Indian journal of veterinary science and animal husbandry - Volume 6,
Year: 1936
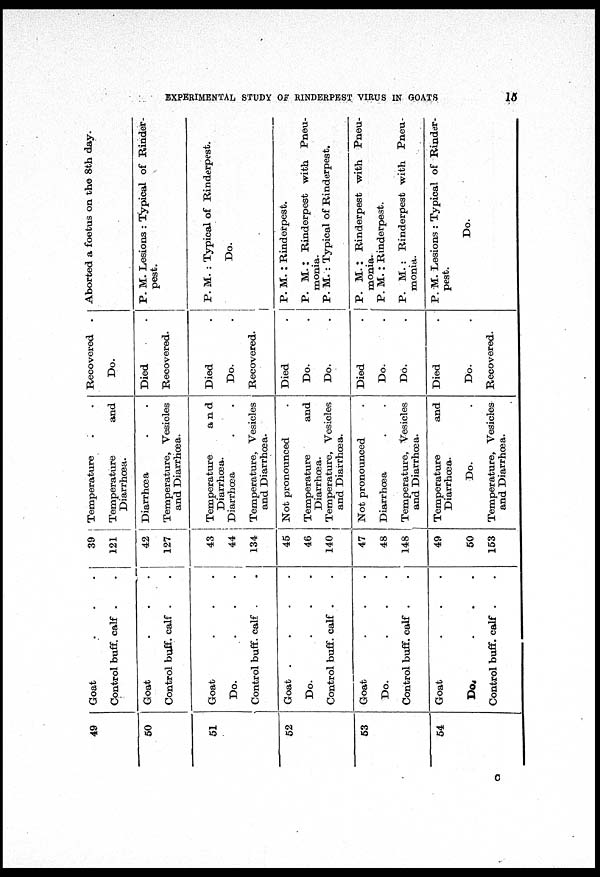
EXPERIMENTAL STUDY OF RINDERPEST VIRUS IN GOATS
15
49
50
51
52
53
54
Goat . . .
Control buff. calf . .
Goat . . .
Control buff. calf . .
Goat . . .
Do.
.
.
.
Control buff. calf . .
Goat
.
.
.
.
Do.
.
.
.
Control buff. calf . .
Goat . . .
Do.
.
.
.
Control buff. calf . .
Goat . . .
Do. . . .
Control buff. calf . .
39
121
42
127
43
44
134
45
46
140
47
48
148
49
50
153
Temperature . .
Temperature
and
Diarrhœa.
Diarrhœa . .
Temperature, Vesicles
and Diarrhœa.
Temperature
and
Diarrhœa.
Diarrhœa . .
Temperature, Vesicles
and Diarrhœa.
Not pronounced .
Temperature
and
Diarrhœa.
Temperature, Vesicles
and Diarrhœa.
Not pronounced .
Diarrhœa . .
Temperature, Vesicles
and Diarrhœa.
Temperature
and
Diarrhœa.
Do. .
Temperature, Vesicles
and Diarrhœa.
Recovered .
Do.
Died .
Recovered.
Died .
Do. .
Recovered.
Died .
Do. .
Do. .
Died .
Do. .
Do. .
Died .
Do. .
Recovered.
Aborted a foetus on the 8th day.
P. M. Lesions : Typical of Rinder-
pest.
P. M. : Typical of Rinderpest.
Do.
P. M. : Rinderpest.
P. M. : Rinderpest with Pneu-
monia.
P. M. : Typical of Rinderpest.
P. M. : Rinderpest with Pneu-
monia.
P. M. : Rinderpest.
P. M. : Rinderpest with Pneu-
monia.
P. M. Lesions : Typical of Rinder-
pest.
Do.
C